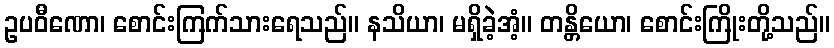
ဥပဝီဏော၊ စောင်းကြက်သားရေသည်။ နသိယာ၊ မရှိခဲ့အံ့။ တန္တိယော၊ စောင်းကြိုးတို့သည်။